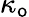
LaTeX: \kappa_{\mathsf{o}}